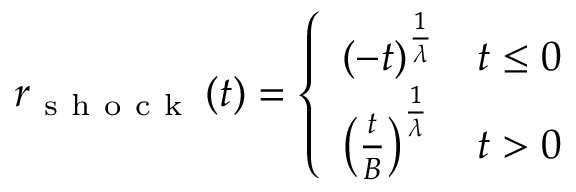
r _ { \mathrm { ~ s ~ h ~ o ~ c ~ k ~ } } \left( t \right) = \left\{ \begin{array} { l l } { \left( - t \right) ^ { \frac { 1 } { \lambda } } } & { t \leq 0 } \\ { \left( \frac { t } { B } \right) ^ { \frac { 1 } { \lambda } } } & { t > 0 } \end{array} \right.